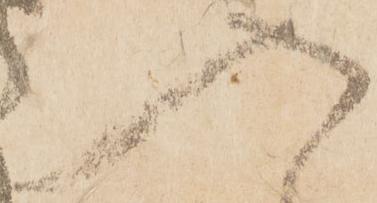
入